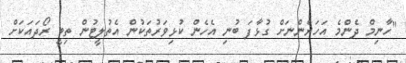
"ހާނިމް ދެންމެ އަހަރެންނަށް ގުޅާފަ ބުނި އެހެން ކުޅިވަރުތަކުން އެތުލީޓުން ތިބީ ރޯދައަކަށް